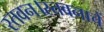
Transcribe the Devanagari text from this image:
स्तवन।स्तवनाचें